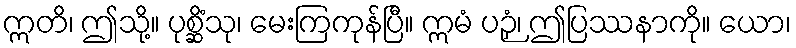
ဣတိ၊ ဤသို့။ ပုစ္ဆိံသု၊ မေးကြကုန်ပြီ။ ဣမံ ပဉှံ၊ ဤပြဿနာကို။ ယော၊